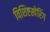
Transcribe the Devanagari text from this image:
विशिष्टस्पेरिंग